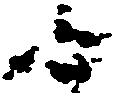
島